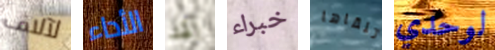
لآلاف الأداء لقد خبراء تلقاها لوحدي